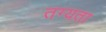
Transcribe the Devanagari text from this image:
तग्यता